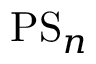
\mathrm { P S } _ { n }